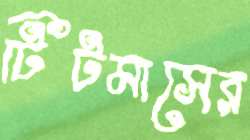
টিটমাসের